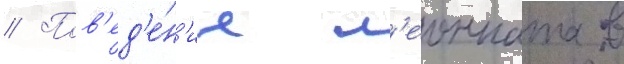
// Пов'ед'е́н'ие л'еонната в